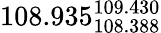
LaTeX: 108.935_{108.388}^{109.430}